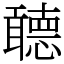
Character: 聼